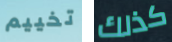
تخييم كذلك